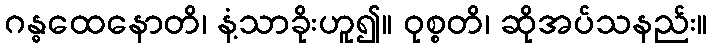
ဂန္ဓထေနောတိ၊ နံ့သာခိုးဟူ၍။ ဝုစ္စတိ၊ ဆိုအပ်သနည်း။